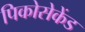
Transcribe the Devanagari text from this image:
पिकोसेकेंड